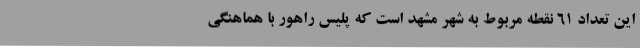
این تعداد 61 نقطه مربوط به شهر مشهد است که پلیس راهور با هماهنگی